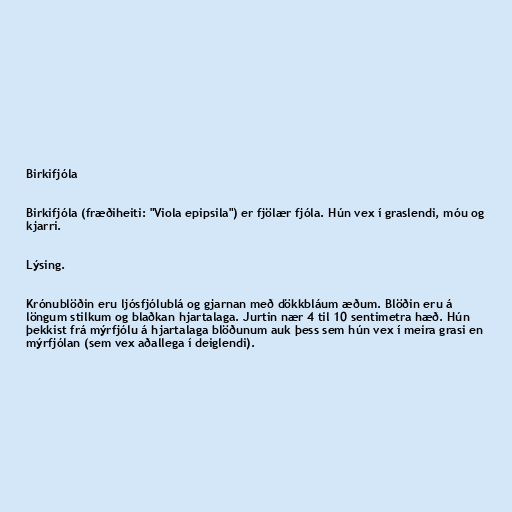
Birkifjóla

Birkifjóla (fræðiheiti: "Viola epipsila") er fjölær fjóla. Hún vex í graslendi, móu og
kjarri.

Lýsing.

Krónublöðin eru ljósfjólublá og gjarnan með dökkbláum æðum. Blöðin eru á
löngum stilkum og blaðkan hjartalaga. Jurtin nær 4 til 10 sentimetra hæð. Hún
þekkist frá mýrfjólu á hjartalaga blöðunum auk þess sem hún vex í meira grasi en
mýrfjólan (sem vex aðallega í deiglendi).